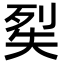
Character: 𭑔